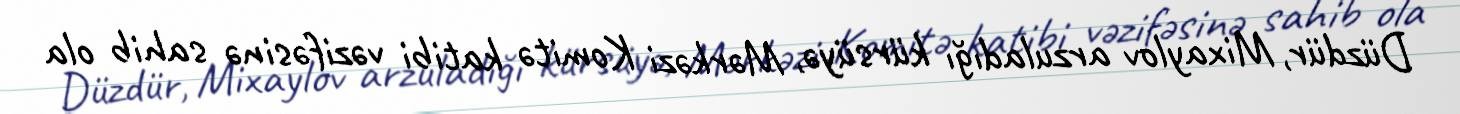
Düzdür, Mixaylov arzuladığı kürsüyə, Mərkəzi Komitə katibi vəzifəsinə sahib ola